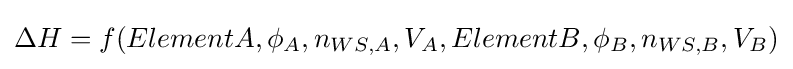
\Delta H=f(ElementA,\phi _{A},n_{WS,A},V_{A},ElementB,\phi _{B},n_{WS,B},V_{B})